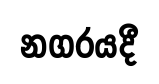
නගරයදී